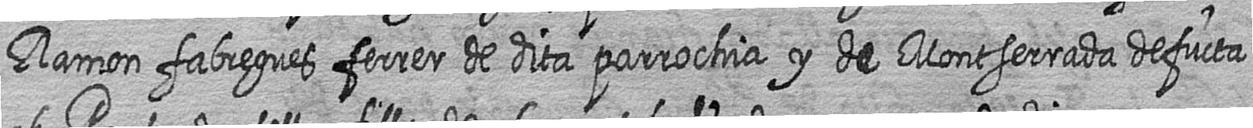
Ramon fabregues ferrer de dita parrochia y de Montserrada defucta